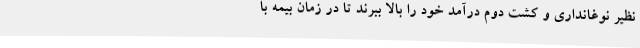
نظیر نوغانداری و کشت دوم درآمد خود را بالا ببرند تا در زمان بیمه با